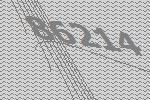
86214